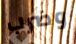
وضرب